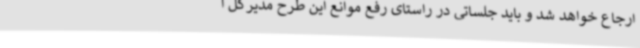
ارجاع خواهد شد و باید جلساتی در راستای رفع موانع این طرح مدیرکل ا